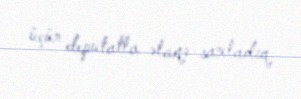
üçün deputatla əlaqə saxladıq.